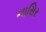
નાસિર